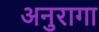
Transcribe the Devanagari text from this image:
अनुरागा